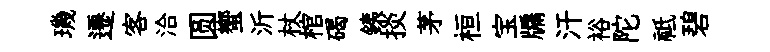
璣遷客洽圆蠁沂杖棺碣銕掞茅桓宝牖汗裕陀祗碧